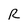
Character: R